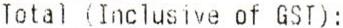
TOTAL (INCLUSIVE OF GST):